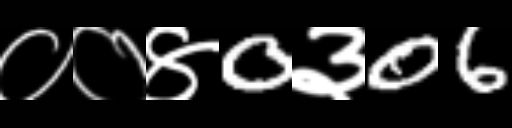
Text: ००४0३06